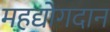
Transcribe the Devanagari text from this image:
महद्योगदान